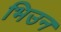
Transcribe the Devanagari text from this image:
भिउन